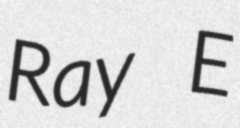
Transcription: Ray E